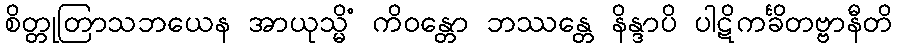
စိတ္တုတြာသဘယေန အာယုသ္မိံ ကိဝန္တော ဘဿန္တေ နိန္ဒာပိ ပါဋိကင်္ခိတဗ္ဗာနီတိ